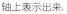
轴上表示出来.